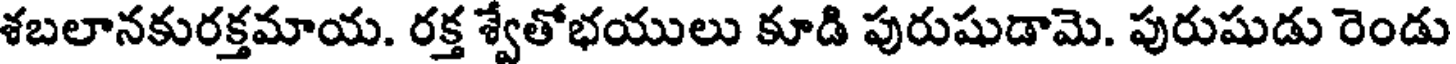
శబలానకురక్తమాయ. రక్త శ్వేతోభయులు కూడి పురుషుడామె. పురుషుడు రెండు